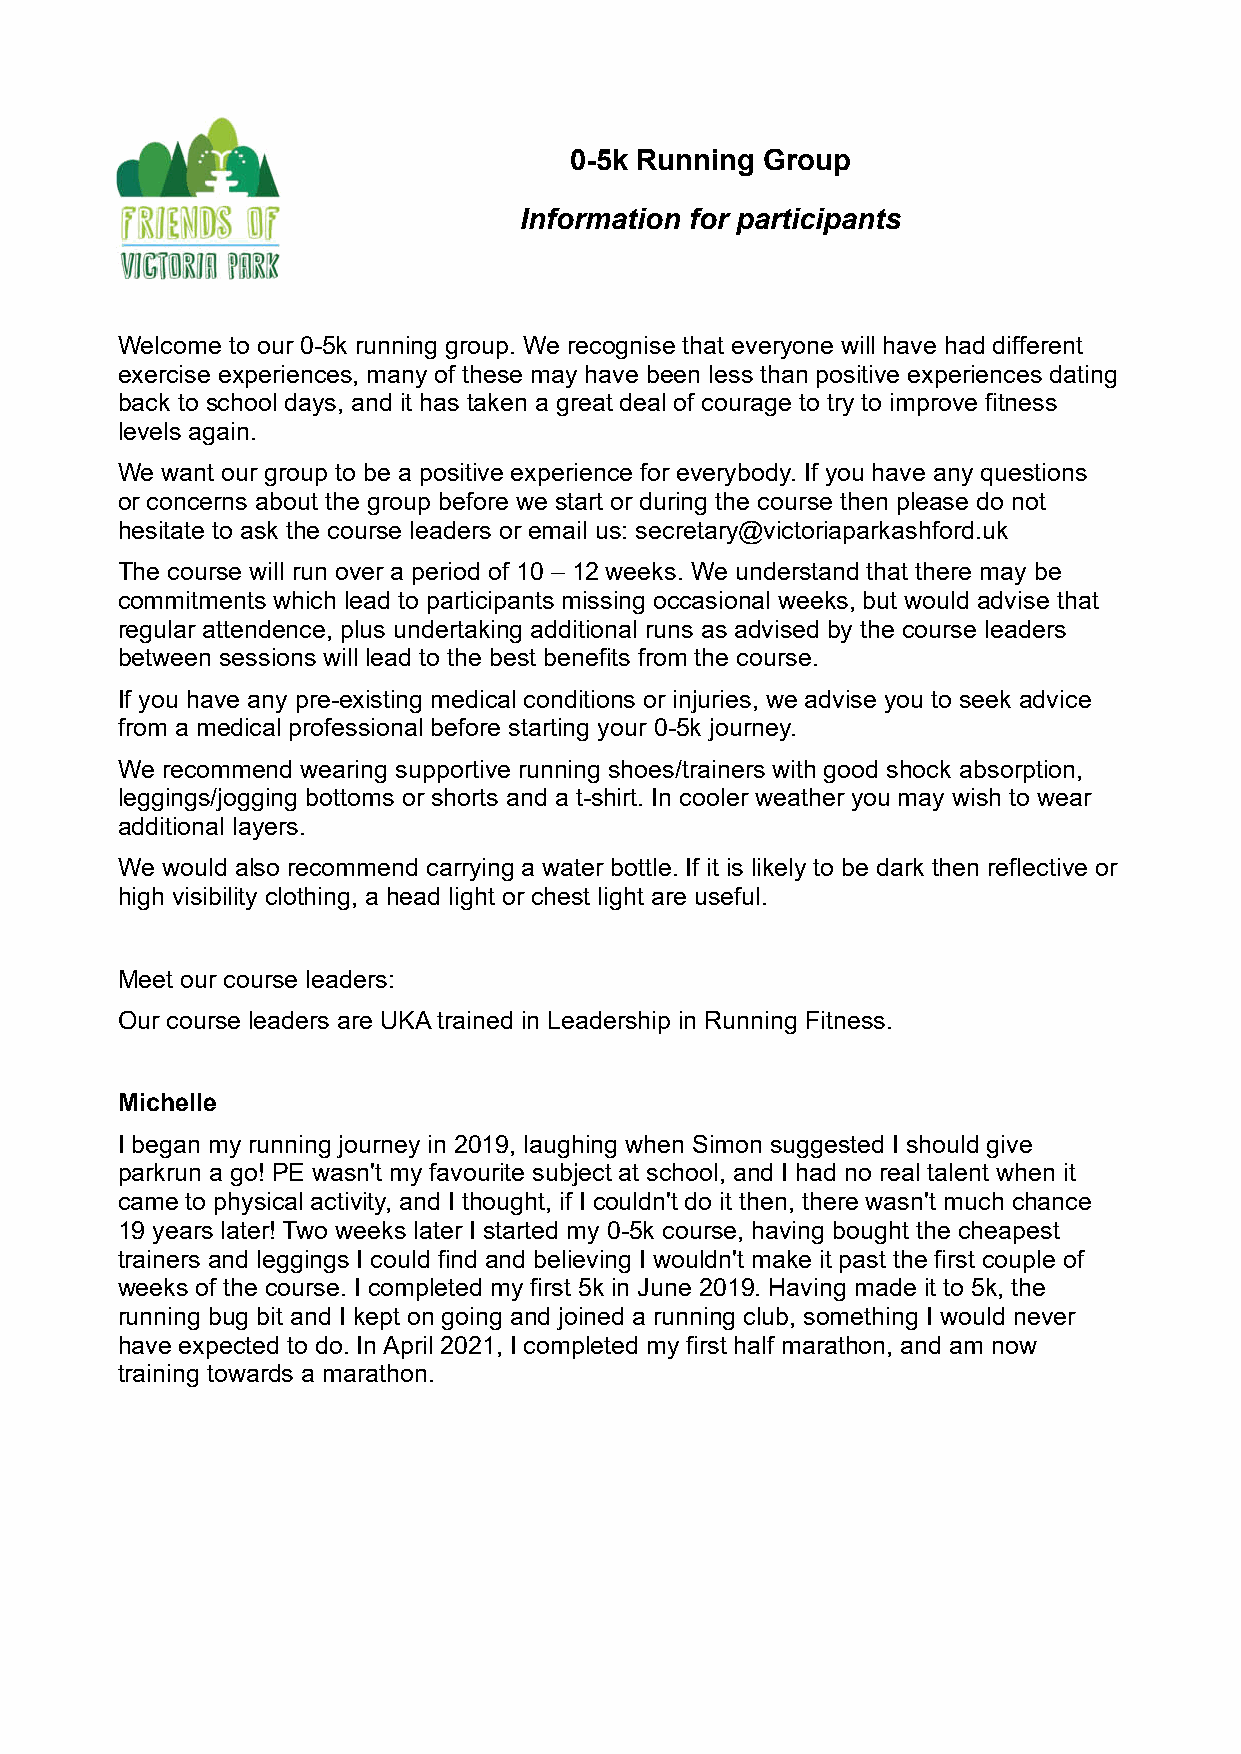
0-5k Running Group
 Information for participants
 Welcome to our 0-5k running group. We recognise that everyone will have had different
 exercise experiences, many of these may have been less than positive experiences dating
 back to school days, and it has taken a great deal of courage to try to improve fitness
 levels again.
 We want our group to be a positive experience for everybody. If you have any questions
 or concerns about the group before we start or during the course then please do not
 hesitate to ask the course leaders or email us: secretary@victoriaparkashford.uk
 The course will run over a period of 10 – 12 weeks. We understand that there may be
 commitments which lead to participants missing occasional weeks, but would advise that
 regular attendence, plus undertaking additional runs as advised by the course leaders
 between sessions will lead to the best benefits from the course.
 If you have any pre-existing medical conditions or injuries, we advise you to seek advice
 from a medical professional before starting your 0-5k journey.
 We recommend wearing supportive running shoes/trainers with good shock absorption,
 leggings/jogging bottoms or shorts and a t-shirt. In cooler weather you may wish to wear
 additional layers.
 We would also recommend carrying a water bottle. If it is likely to be dark then reflective or
 high visibility clothing, a head light or chest light are useful.
 Meet our course leaders:
 Our course leaders are UKA trained in Leadership in Running Fitness.
 Michelle
 I began my running journey in 2019, laughing when Simon suggested I should give
 parkrun a go! PE wasn't my favourite subject at school, and I had no real talent when it
 came to physical activity, and I thought, if I couldn't do it then, there wasn't much chance
 19 years later! Two weeks later I started my 0-5k course, having bought the cheapest
 trainers and leggings I could find and believing I wouldn't make it past the first couple of
 weeks of the course. I completed my first 5k in June 2019. Having made it to 5k, the
 running bug bit and I kept on going and joined a running club, something I would never
 have expected to do. In April 2021, I completed my first half marathon, and am now
 training towards a marathon.